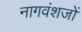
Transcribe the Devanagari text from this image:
नागवंशजों